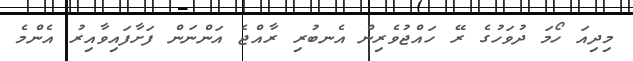
މިދިއަ ހޯމަ ދުވަހުގެ ރޭ ހައްޖުވެރިން އެނބުރި ރާއްޖެ އަންނަން ފަށާފައިވާއިރު އެންމެ